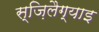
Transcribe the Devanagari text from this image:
स्ज़िलैग्याइ